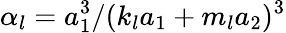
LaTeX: \alpha_{l}=a_{1}^{3}/(k_{l}a_{1}+m_{l}a_{2})^{3}